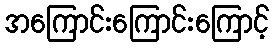
အကြောင်းကြောင်းကြောင့်